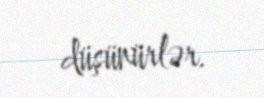
düşünürlər.